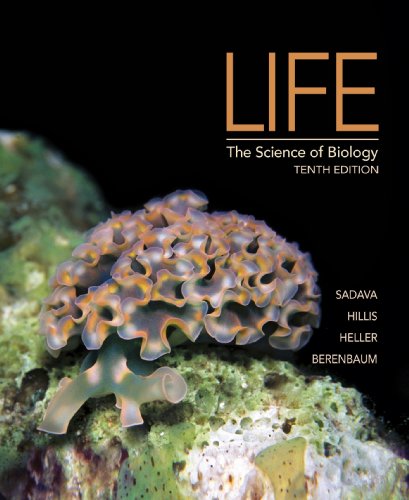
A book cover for Life: The Science of Biology; David E. Sadava; Medical Books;